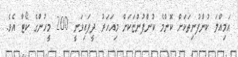
އަމިއްލަ ކުންފުނިތަކަށް ކޮންމެ ކުންފުންޏަކަށް މިއަހަރު ދީފައިވަނީ 200 މީހުންގެ ކޯޓާ އެވެ.